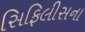
સિફિલીસના